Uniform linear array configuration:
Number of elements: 8
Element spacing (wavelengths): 0.5
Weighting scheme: exponential
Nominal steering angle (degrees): -30
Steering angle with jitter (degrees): -30.005
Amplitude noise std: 0.05
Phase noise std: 0.05

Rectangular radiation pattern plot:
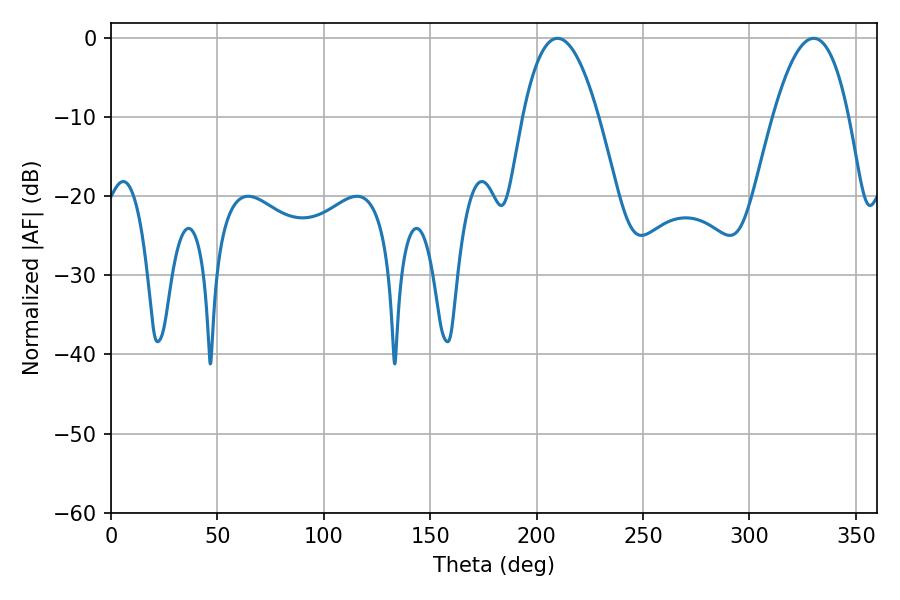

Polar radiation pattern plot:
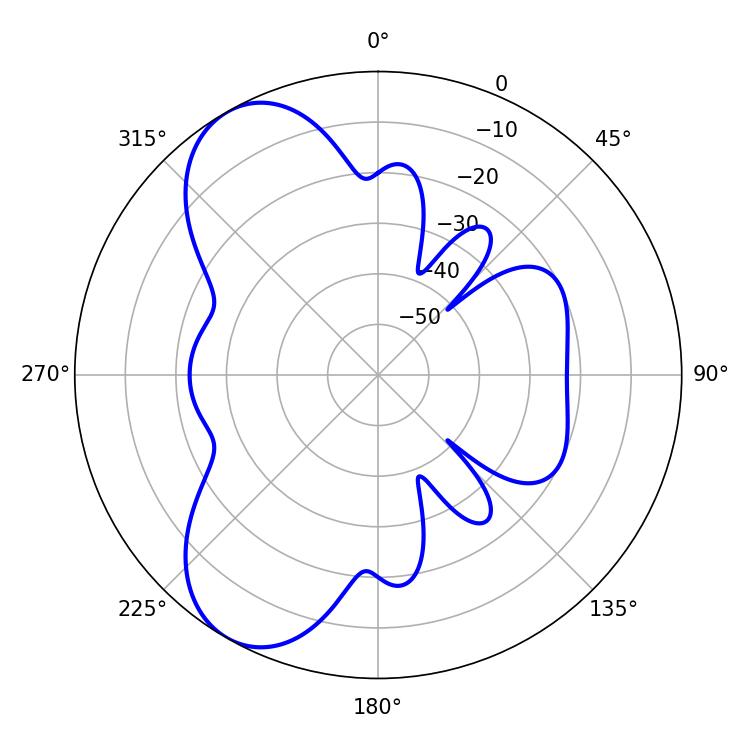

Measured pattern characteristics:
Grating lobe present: FALSE
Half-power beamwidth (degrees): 19.62
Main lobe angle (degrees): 330.12